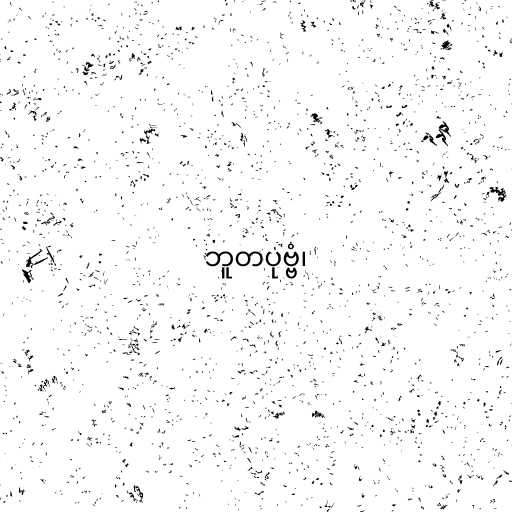
ဘူတပုဗ္ဗံ၊